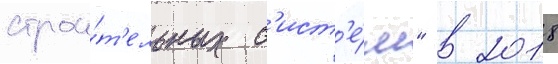
строи́т'ельных с'ист'е́м" в 2018